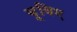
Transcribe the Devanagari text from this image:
बूविए